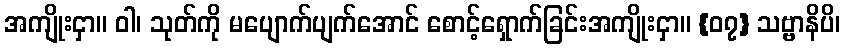
အကျိုးငှာ။ ဝါ၊ သုတ်ကို မပျောက်ပျက်အောင် စောင့်ရှောက်ခြင်းအကျိုးငှာ။ {၀၇} သဗ္ဗာနိပိ၊